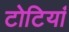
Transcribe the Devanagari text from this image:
टोटियां